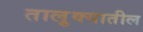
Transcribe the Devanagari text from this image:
तालु़क्यातील